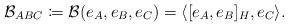
\begin{align*} \mathcal{B}_{ABC} \coloneqq \mathcal{B}(e_A,e_B,e_C)=\langle [e_A,e_B]_H,e_C\rangle.\end{align*}